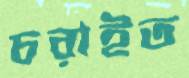
চরাইত